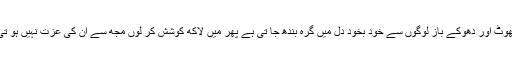
جھوٹ اور دھوکے باز لوگوں سے خود بخود دل میں گرہ بندھ جا تی ہے پھر میں لاکھ کوشش کر لوں مجھ سے ان کی عزت نہیں ہو تی ۔